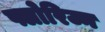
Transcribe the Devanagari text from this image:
फ्लोरिज्न